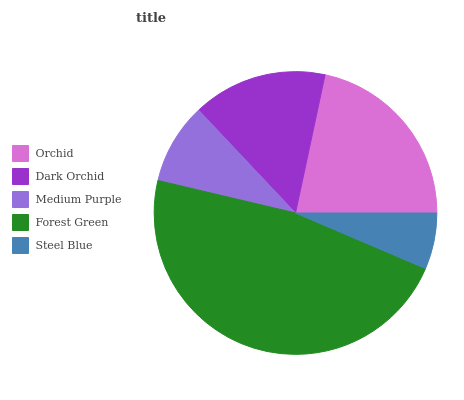
| Orchid | Dark Orchid | Medium Purple | Forest Green | Steel Blue |
 | --- | --- | --- | --- | --- |
 | 21.6% | 15.4% | 9.28% | 47.3% | 6.43% |